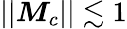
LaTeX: ||\boldsymbol{M}_{c}||\lesssim 1